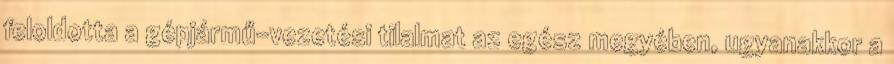
feloldotta a gépjármű-vezetési tilalmat az egész megyében, ugyanakkor a